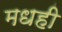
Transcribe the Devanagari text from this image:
मधही